Report on horse surra - Volume I
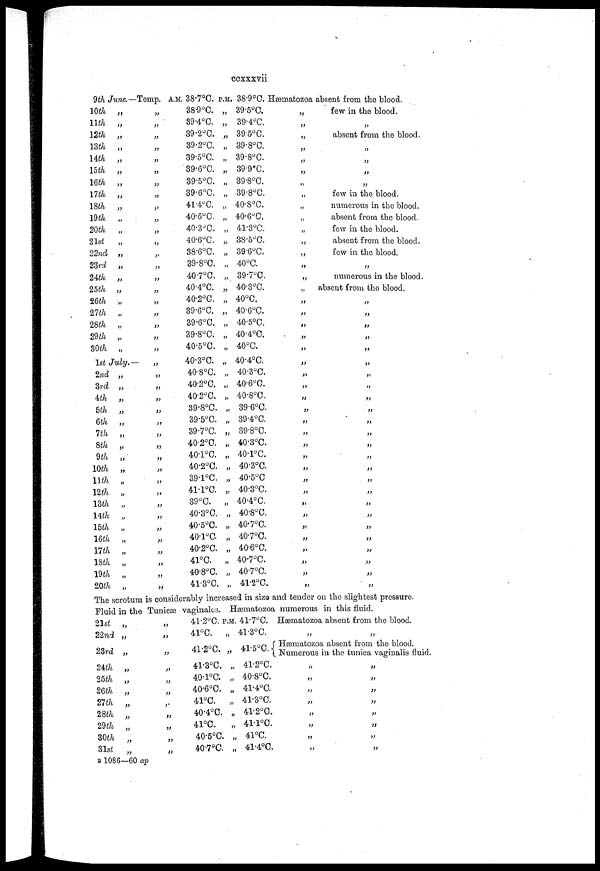
ccxxxvii
9th June.— Temp. A.M.
10th
11th
12th
13th
14th
15th
16th
17th
18th
19th
20th
21st
22nd
23rd
24th
25th
26th
27th
28th
29th
30th
„
„
„
„
„
„
„
„
„
„
„
„
„
„
„
„
„
„
„
„
„
1st July.—
2nd
3rd
4th
5th
6th
7th
8th
9th
10th
11th
12th
13th
14th
15th
16th
17th
18th
19th
20th
„
„
„
„
„
„
„
„
„
„
„
„
„
„
„
„
„
„
„
The scrotum
„
„
„
„
„
„
„
„
„
„
„
„
„
„
„
„
„
„
„
„
„
„
„
„
„
„
„
„
„
„
„
„
„
„
„
„
„
„
„
„
„
38.7°C. P.M.
38.9°C. „
39.4°C. „
39.2°C. „
39.2°C. „
39.5°C. „
39.6°C. „
39.5°C. „
39.6°C. „
41.4°C. „
40.6°C. „
40.3°C. „
40.6°C. „
38.6°C. „
39.8°C. „
40.7°C. „
40.4°C. „
40.2°C. „
39.6°C. „
39.6°C. „
39.8°C. „
40.5°C. „
40.3°C. „
40.8°C. „
40.2°C. „
40.2°C. „
39.8°C. „
39.5°C. „
39.7°C. „
40.2°C. „
40.1°C. „
40.2°C. „
39.1°C. „
41.1°C. „
39°C.
„
40.3°C. „
40.5°C. „
40.1°C „
40.2°C. „
41°C.
„
40.8°C. „
41.3°C. „
38.9°C. Hæmatozoa absent from the blood.
39.5°C.
39.4°C.
39.5°C.
39.8°C.
39.8°C.
39.9°C.
39.8°C.
39.8°C.
40.8°C.
40.6°C.
41.3°C.
38.5°C.
39.6°C.
40°C.
39.7°C.
40.3°C.
40°C.
40.6°C.
40.5°C.
40.4°C.
40°C.
40.4°C.
40.3°C.
40.6°C.
40.8°C.
39.6°C.
39.4°C.
39.8°C.
40.3°C.
40.1°C.
40.3°C.
40.5°C
40.3°C.
40.4°C.
40.8°C.
40.7°C.
40.7°C.
40.6°C.
40.7°C.
40.7°C.
41.2°C.
„
„
„
„
„
„
„
„
„
„
„
„
„
„
„
„
„
„
„
„
„
„
„
„
„
„
„
„
„
„
„
„
„
„
„
„
„
„
„
„
„
is considerably increased in size and tender
few in the blood.
„
absent from the blood.
„
„
„
„
few in the blood.
numerous in the blood.
absent from the blood.
few in the blood.
absent from the blood.
few in the blood.
„
numerous in the blood.
absent from the blood.
„
„
„
„
„
„
„
„
„
„
„
„
„
„
„
„
„
„
„
„
„
„
„
„
„
on the slightest pressure.
Fluid in the Tunicæ vaginales. Hæmatozoa numerous in this fluid.
21st
22nd
23rd
24th
25th
26th
27th
28th
29th
30th
31st
„
„
„
„
„
„
„
„
„
„
„
„
„
„
„
„
„
„
„
„
„
„
41.2°C. P.M.
41°C.
41.2°C.
41.3°C.
40.1°C.
40.6°C.
41°C.
40.4°C.
41°C.
40.5°C.
40.7°C.
41.7°C.
41.3°C.
41.5°C.{
„ 41.2°C.
„ 40.8°C.
„ 41.4°C.
„ 41.3°C.
„ 41.2°C.
„ 41.1°C.
„ 41°C.
„ 41.4°C.
Hæmatozoa absent
„
from the blood.
„
Hæmatozoa absent from the blood.
Numerous in the tunica vaginalis fluid.
„
„
„
„
„
„
„
„
„
„
„
„
„
„
„
„
B 1086—60 ap